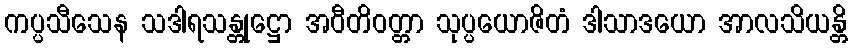
ကပ္ပသီသေန သဒါရသန္တုဋ္ဌော အဝီတိဝတ္တာ သုပ္ပယောဇိတံ ဒါသာဒယော အာလသိယန္တိ